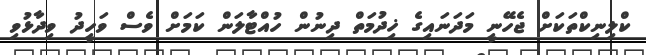
ކްލިނިކްތަކަށް ޖެހޭނީ މަދަނައިގެ ޚިދުމަތް ދިނުން ހުއްޓާލަން ކަމަށް ވެސް ވަހީދު ވިދާޅުވި